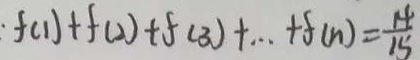
\cdot f ( 1 ) + f ( 2 ) + f ( 3 ) + \cdots + f ( n ) = \frac { 1 4 } { 1 5 }